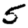
Digit: 5